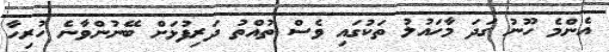
އެންމެ ހޫނު ގަދަ މާހައުލު ތަކުގައި ވެސް ތުއްތު ދަރިފުޅަށް ބޭނުންވާނެ ހުރިހާ